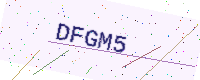
Text: DFGM5